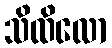
သိထိလော